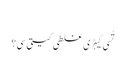
‏
تُسی کیہڑی غلطی کیتی سی؟